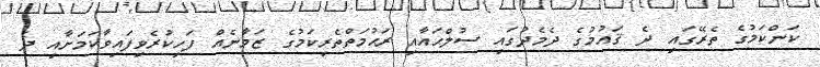
ކަންކަމުގެ ތެރޭގައި ދެ ޤައުމުގެ ދެމެދުގައި ސުލްޙައާއި ރަޙުމަތްތެރިކަމުގެ ޒަމާނެއް ފަހިކުރެވިފައިވާކަމަށާއި ދެ